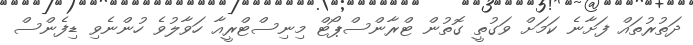
ދަތުރުތައް ފަށާނެ ކަމަށް ވަގުތީ ގޮތުން ޓްރާންސްޕޯޓް މިނިސްޓްރީއާ ހަވާލުވެ ހުންނެވި ޑިފެންސް